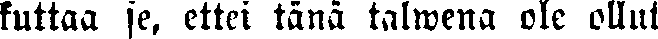
kuttaa se, ettei tänä talwena ole ollut